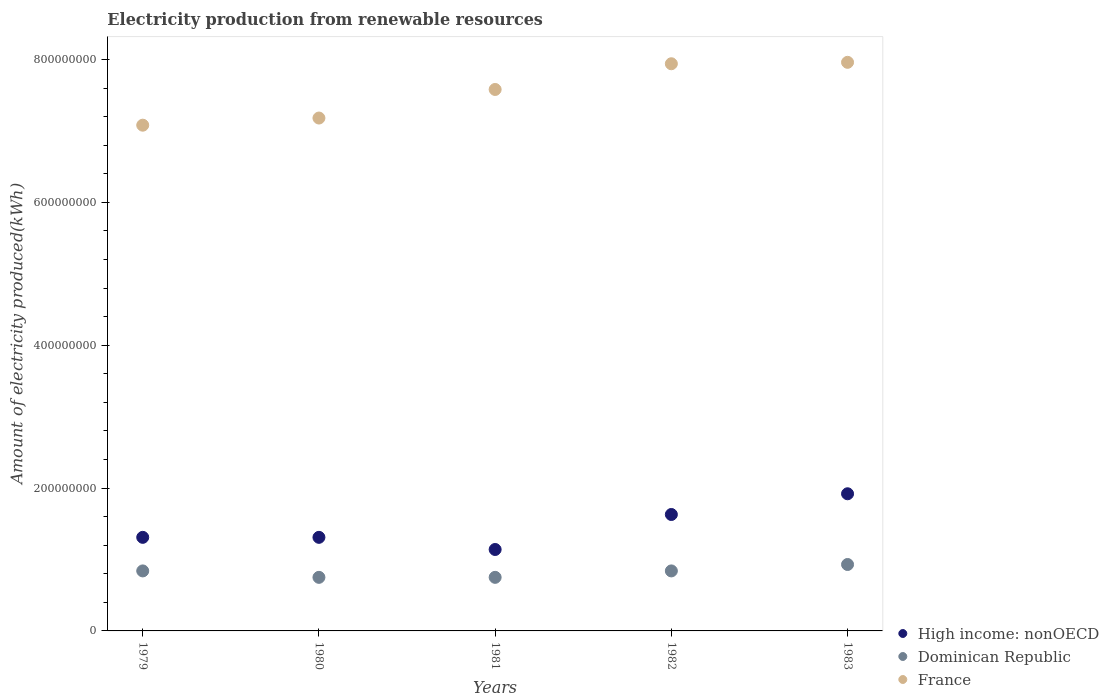
| Years | High income: nonOECD | Dominican Republic | France |
 | --- | --- | --- | --- |
 | 1979 | 1.31e+08 | 8.4e+07 | 7.08e+08 |
 | 1980 | 1.31e+08 | 7.5e+07 | 7.18e+08 |
 | 1981 | 1.14e+08 | 7.5e+07 | 7.58e+08 |
 | 1982 | 1.63e+08 | 8.4e+07 | 7.94e+08 |
 | 1983 | 1.92e+08 | 9.3e+07 | 7.96e+08 |